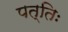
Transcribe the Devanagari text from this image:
पत्तिः